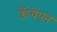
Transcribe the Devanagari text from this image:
ऊँचेपन